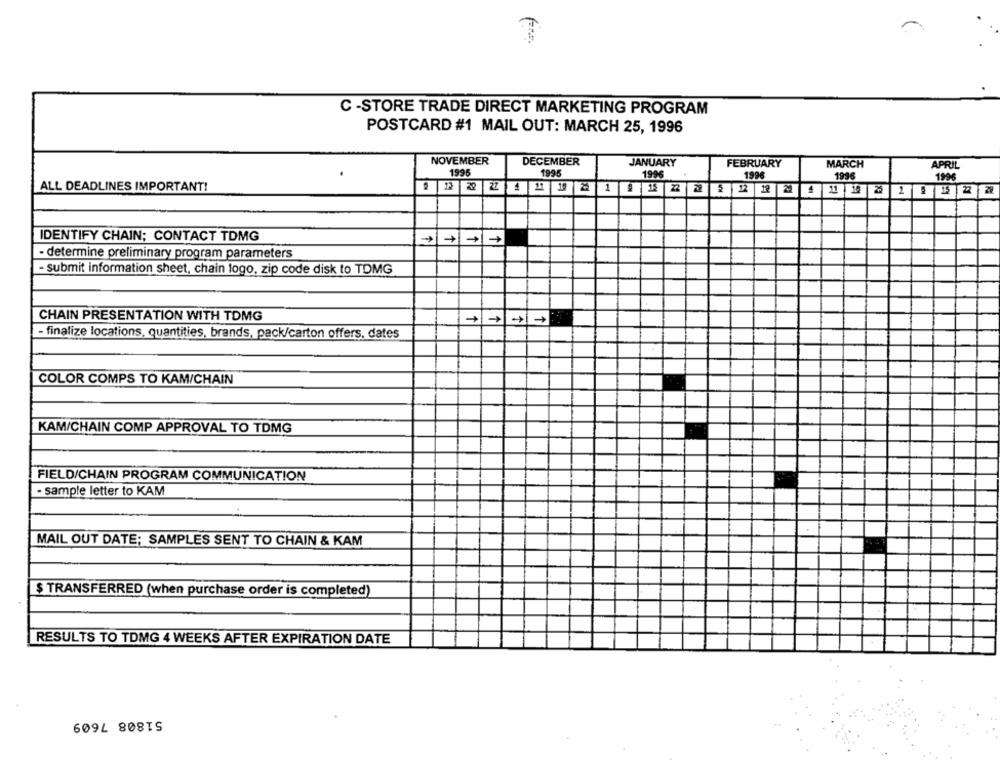
C -STORE TRADE DIRECT MARKETING PROGRAM
POSTCARD #1 MAIL OUT: MARCH 25, 1996
NOVEMBER
DECEMBER
JANUARY
FEBRUARY
MARCH
APRIL
1995
1995
1996
1996
1996
1996
ALL DEADLINES IMPORTANT!
$1 22 22 2 12 12 2 4 11 1 2 1 2 15 22 20
IDENTIFY CHAIN; CONTACT TDMG
- determine preliminary program parameters
- submit information sheet, chain logo, zip code disk to TOMG
CHAIN PRESENTATION WITH TDMG
- finalize locations, quantities, brands, pack/carton offers, dates
COLOR COMPS TO KAM/CHAIN
KAM/CHAIN COMP APPROVAL TO TDMG
FIELD/CHAIN PROGRAM COMMUNICATION
- sample letter to KAM
MAIL OUT DATE; SAMPLES SENT TO CHAIN & KAM
$ TRANSFERRED (when purchase order is completed)
RESULTS TO TOMG 4 WEEKS AFTER EXPIRATION DATE
51808 7609